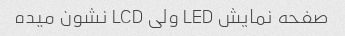
صفحه نمایش LED ولی LCD نشون میده